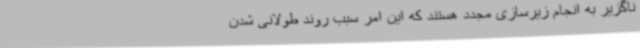
ناگزیر به انجام زیرسازی مجدد هستند که این امر سبب روند طولانی شدن